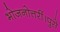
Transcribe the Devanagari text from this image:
भोजनोत्तरीं।पुसे